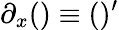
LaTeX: \partial_{x}()\equiv()^{\prime}